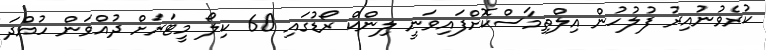
ކުރެވުނުއިރު ފުލުހުން އިލްތިމާސްކޮށްފައިވަނީ ލިންކް ރޯޑުގައި 60 ކިލޯ މީޓަރަށް ދުއްވަން ހުއްދަ